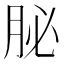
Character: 䏟